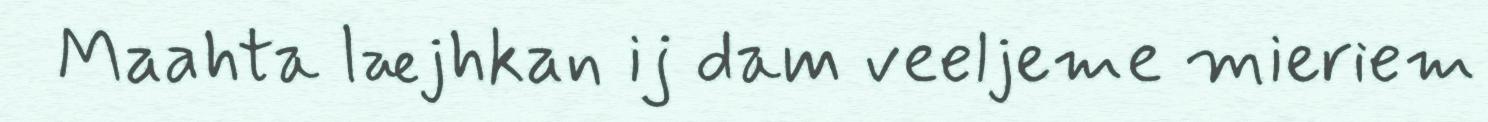
Maahta læjhkan ij dam veeljeme mieriem